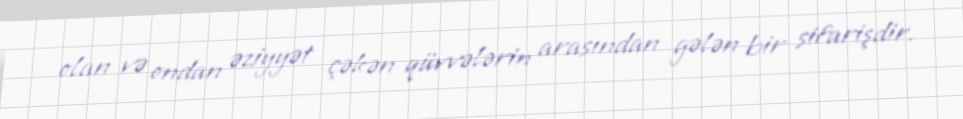
olan və ondan əziyyət çəkən qüvvələrin arasından gələn bir sifarişdir.